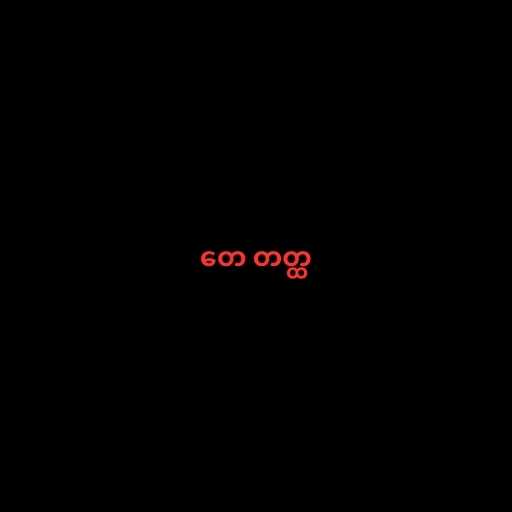
တေ တတ္ထ